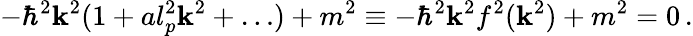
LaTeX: -\hbar^{2}\mathbf{k}^{2}(1+al_{p}^{2}\mathbf{k}^{2}+\dots)+m^{2}\equiv-\hbar^{2}\mathbf{k}^{2}f^{2}(\mathbf{k}^{2})+m^{2}=0\, .